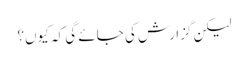
لیکن گزارش کی جائے گی کہ کیوں؟